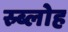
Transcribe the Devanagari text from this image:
स्र्ब्लोह